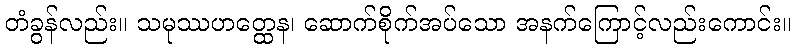
တံခွန်လည်း။ သမုဿဟတ္ထေန၊ ဆောက်စိုက်အပ်သော အနက်ကြောင့်လည်းကောင်း။